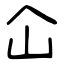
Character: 仚